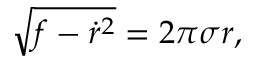
\sqrt { f - { \dot { r } ^ { 2 } } } = 2 \pi \sigma r ,